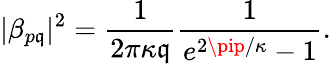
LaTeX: |\beta_{p\mathfrak{q}}|^{2}=\frac{{1}}{{2\pi\kappa\mathfrak{q}}}\frac{{1}}{{e^{2\pip/\kappa}-1}}.